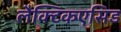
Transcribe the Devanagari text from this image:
लैक्टिकएसिड